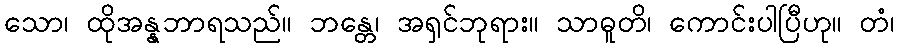
သော၊ ထိုအန္နဘာရသည်။ ဘန္တေ၊ အရှင်ဘုရား။ သာဓူတိ၊ ကောင်းပါပြီဟု။ တံ၊